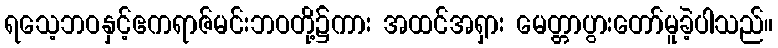
ရသေ့ဘဝနှင့်ဧကရာဇ်မင်းဘဝတို့၌ကား အထင်အရှား မေတ္တာပွားတော်မူခဲ့ပါသည်။